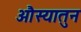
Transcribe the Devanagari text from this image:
औस्यातुन